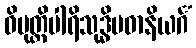
ဝိမုတ္တိပါရိသုဒ္ဓိပဓာနိယင်္ဂံ